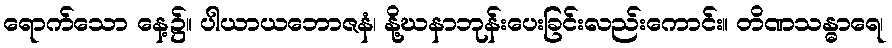
ရောက်သော နေ့၌။ ပါယာယဘောဇနံ၊ နို့ဃနာဘုန်းပေးခြင်းလည်းကောင်း။ တိဏသန္ဓာရေ၊